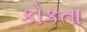
કોકતા